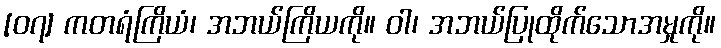
[၀၇] ကတရံကြိယံ၊ အဘယ်ကြိယကို။ ဝါ၊ အဘယ်ပြုထိုက်သောအမှုကို။